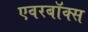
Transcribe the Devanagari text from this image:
एवरबॉक्स